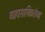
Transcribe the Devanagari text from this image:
व्यावसायिकतेच्या